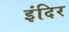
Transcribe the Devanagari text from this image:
इंदिर